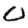
Digit: 0